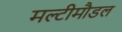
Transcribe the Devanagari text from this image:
मल्टीमौडल